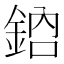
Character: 𨦳